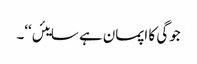
جوگی کا اپمان ہے سایئں‘‘۔